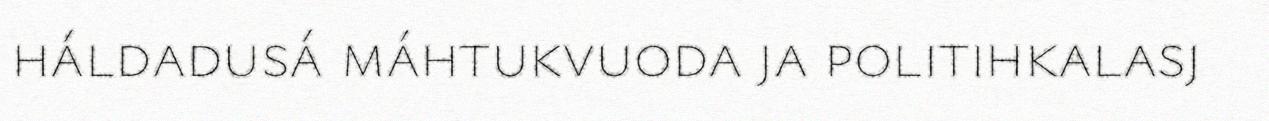
háldadusá máhtukvuoda ja politihkalasj